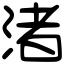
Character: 渚